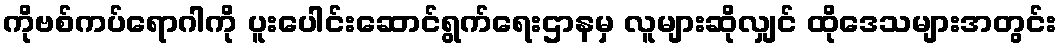
ကိုဗစ်ကပ်ရောဂါကို ပူးပေါင်းဆောင်ရွက်ရေးဌာနမှ လူများဆိုလျှင် ထိုဒေသများအတွင်း